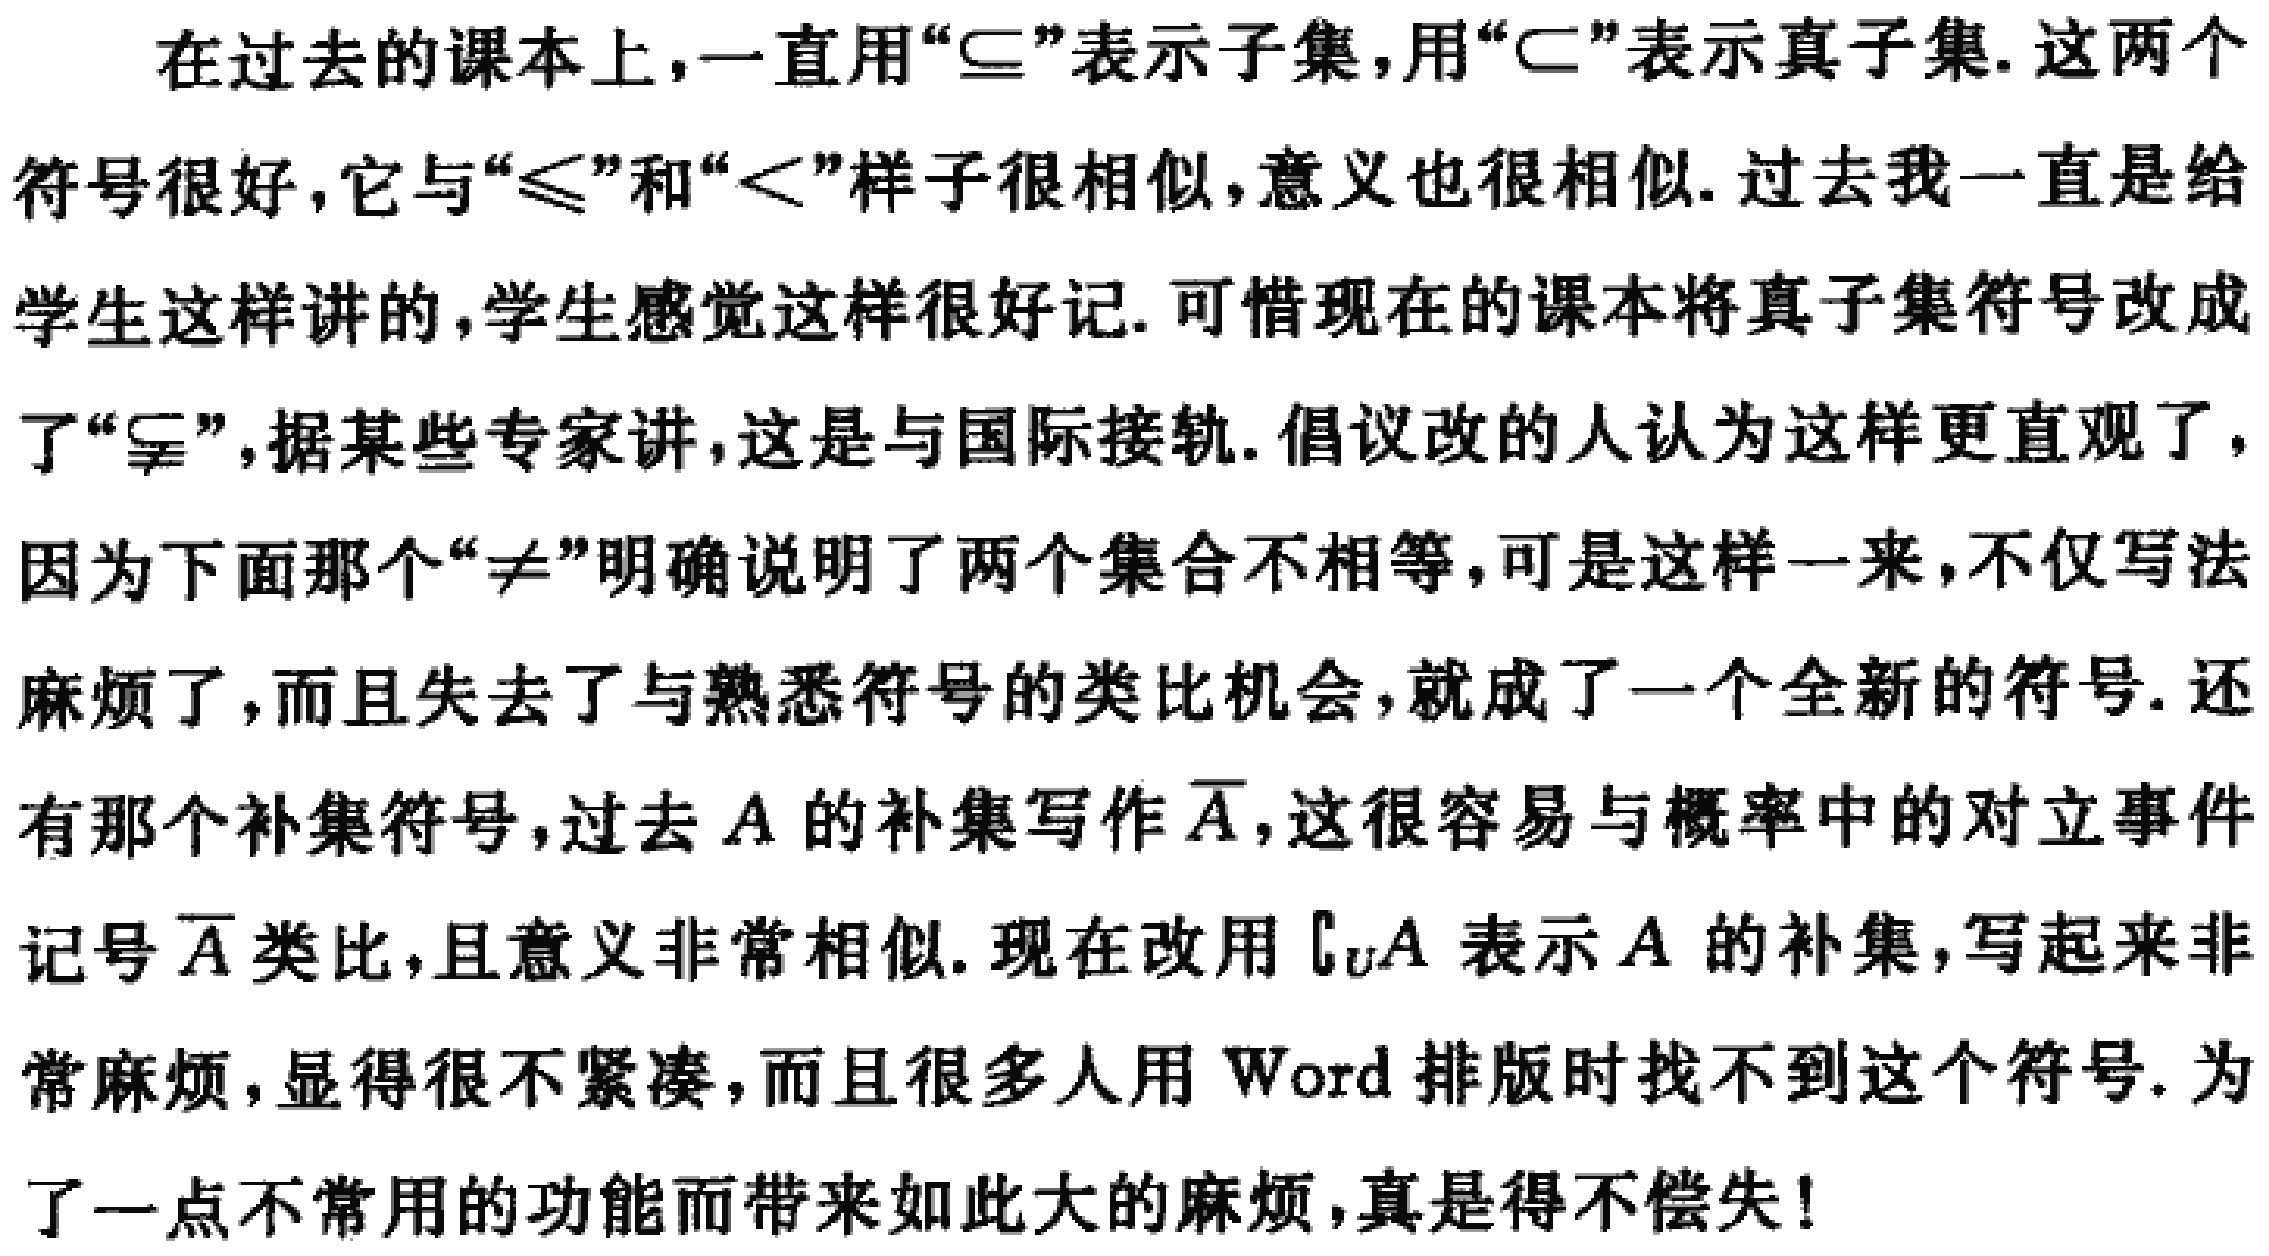
在过去的课本上，一直用“$\subseteq$”表示子集，用“$\subset$”表示真子集. 这两个符号很好，它与“$\leqslant$”和“$<$”样子很相似，意义也很相似. 过去我一直是给学生这样讲的，学生感觉这样很好记. 可惜现在的课本将真子集符号改成了“$\subsetneqq$”，据某些专家讲，这是与国际接轨. 倡议改的人认为这样更直观了，因为下面那个“$\neq$”明确说明了两个集合不相等，可是这样一来，不仅写法麻烦了，而且失去了与熟悉符号的类比机会，就成了一个全新的符号. 还有那个补集符号，过去$A$的补集写作$\overline{A}$，这很容易与概率中的对立事件记号$\overline{A}$类比，且意义非常相似. 现在改用$\complement_U A$表示$A$的补集，写起来非常麻烦，显得很不紧凑，而且很多人用Word排版时找不到这个符号. 为了一点不常用的功能而带来如此大的麻烦，真是得不偿失！